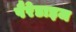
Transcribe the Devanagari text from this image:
पैरेडाइज